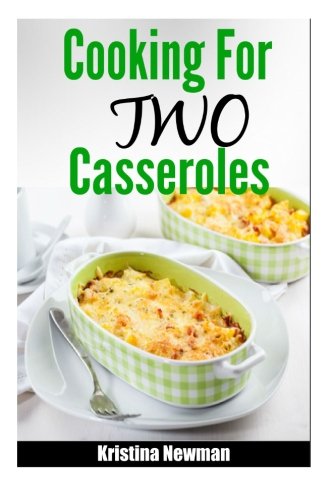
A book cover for Cooking for Two Casserole: Simple & Delicious Casserole Recipes for Two; Kristina Newman; Cookbooks, Food & Wine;